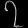
Digit: ၇